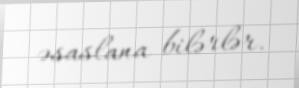
əsaslana bilərlər.